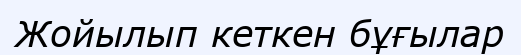
Жойылып кеткен бұғылар